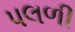
પલળી